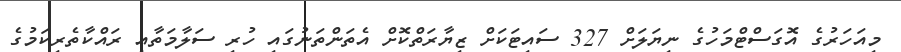
މިއަހަރުގެ އޮގަސްޓްމަހުގެ ނިޔަލަށް 327 ސައިޓަކަށް ޒިޔާރަތްކޮށް އެތަންތަނުގައި ހުރި ސަލާމަތާއި ރައްކާތެރިކަމުގެ